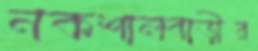
নকশালবাড়ীর